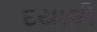
દયાથી